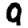
Digit: 9